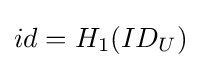
\textstyle id=H_{1}(ID_{U})